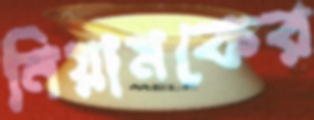
নিয়ামকের